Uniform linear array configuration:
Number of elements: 4
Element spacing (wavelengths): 1
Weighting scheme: exponential
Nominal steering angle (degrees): -15
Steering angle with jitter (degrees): -16.553
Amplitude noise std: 0.05
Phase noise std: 0.05

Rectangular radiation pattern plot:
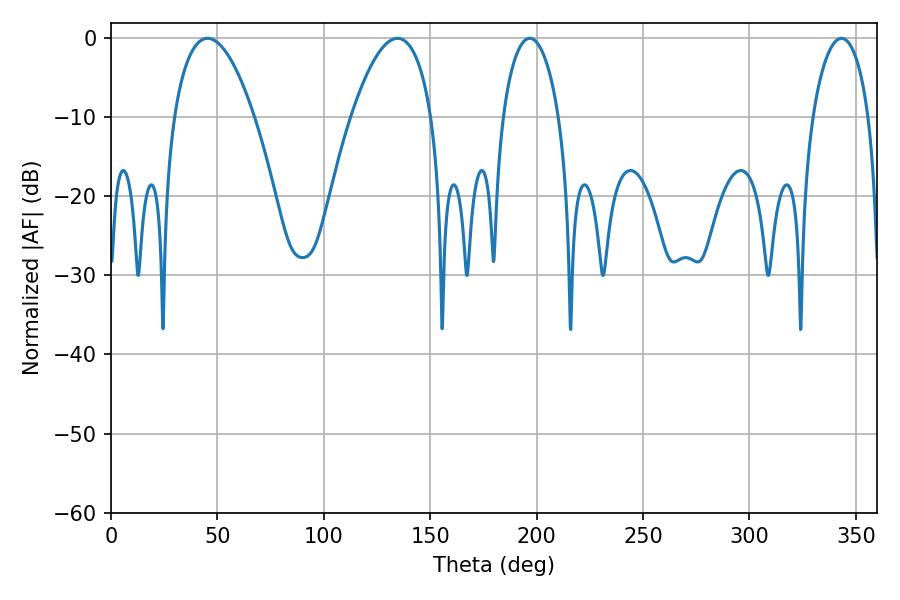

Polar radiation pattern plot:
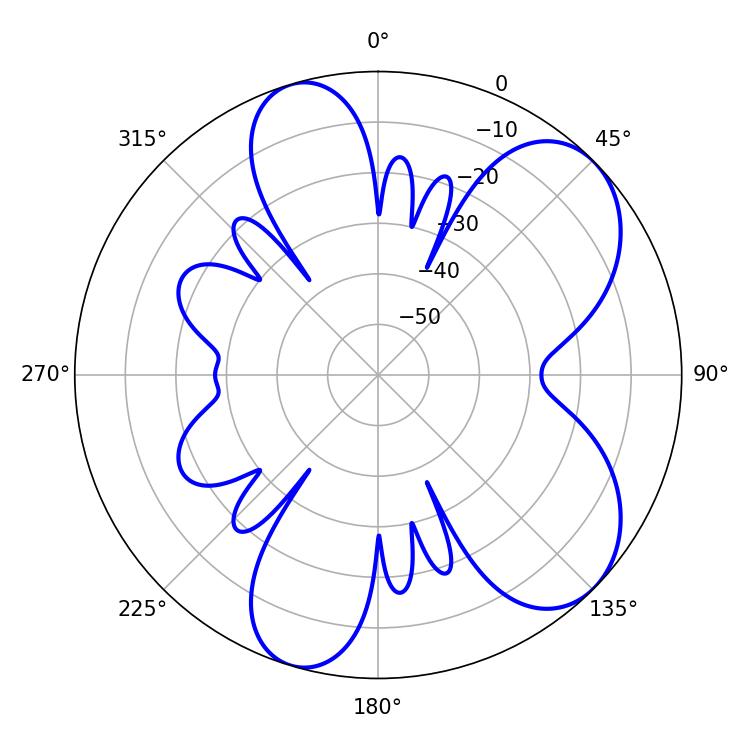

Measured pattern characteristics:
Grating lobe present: TRUE
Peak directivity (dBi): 7.057
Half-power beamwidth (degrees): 21.06
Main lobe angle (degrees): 45.36